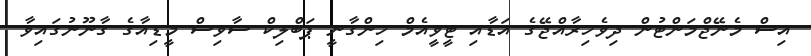
އިސް މެނޭޖްމަންޓުން ދިވެހިރާއްޖޭގެ އަޑާއި ޓީވީއެމް ހިންގާނީ ޕަބްލިކް ސާވިސް މީޑިއާގެ ގާނޫނުގައިވާ